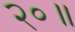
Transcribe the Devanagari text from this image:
२०॥